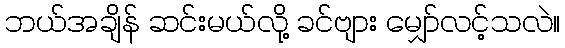
ဘယ်အချိန် ဆင်းမယ်လို့ ခင်ဗျား မျှော်လင့်သလဲ။